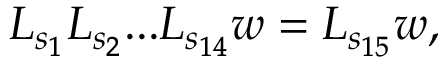
\begin{array} { r } { L _ { s _ { 1 } } L _ { s _ { 2 } } . . . L _ { s _ { 1 4 } } w = L _ { s _ { 1 5 } } w , } \end{array}